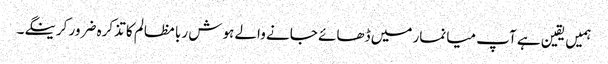
ہمیں یقین ہے آپ میانمار میں ڈھائے جانے والے ہوش ربا مظالم کا تذکرہ ضرور کرینگے۔